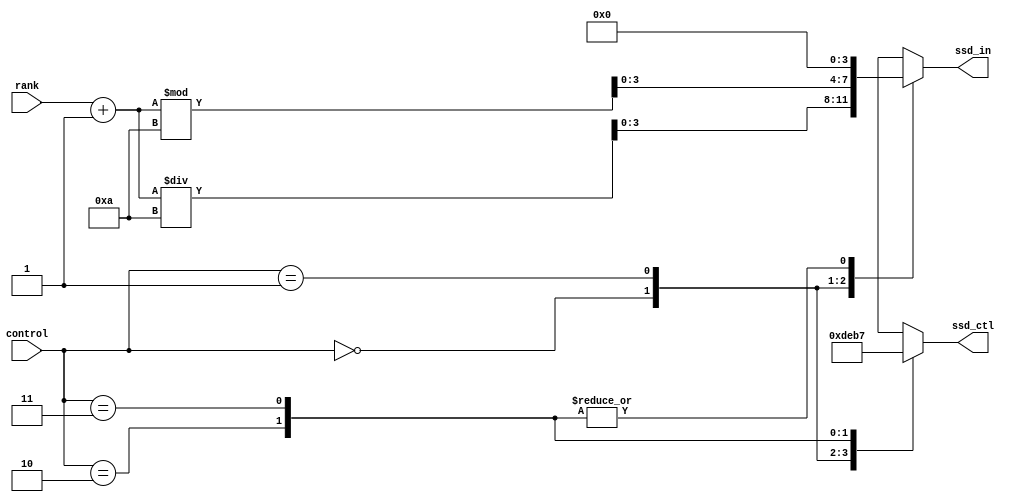
module scan(ssd_ctl, ssd_in, rank, control);
    output reg [3:0] ssd_in;
    output reg [3:0] ssd_ctl;
    input [4:0]rank;
    input [1:0] control;
    
    always@*
        case(control)
              2'b00:
                  begin
                      ssd_ctl = 4'b1101;
                      ssd_in =(rank + 1'b1) / 4'd10;
                  end
              2'b01:
                  begin
                      ssd_ctl = 4'b1110;
                      ssd_in = (rank + 1'b1) % 4'd10;
                  end
              2'b10:
                  begin
                      ssd_ctl = 4'b1011;
                      ssd_in = 4'd0;
                  end
              2'b11:
                  begin
                      ssd_ctl = 4'b0111;
                      ssd_in = 4'd0;
                  end
              default:
                  begin
                      ssd_ctl = 4'b0000;
                      ssd_in = 4'b0000;
                  end
      endcase
      
 endmodule